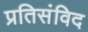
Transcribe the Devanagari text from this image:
प्रतिसंविद